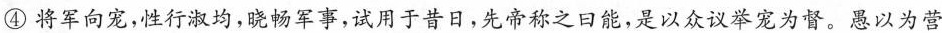
④将军向宠，性行淑均，晓畅军事，试用于昔日，先帝称之日能，是以众议举宠为督。愚以为营